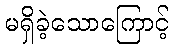
မရှိခဲ့သောကြောင့်